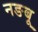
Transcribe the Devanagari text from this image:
नङबू